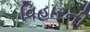
વિહારની